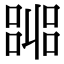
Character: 嘂